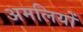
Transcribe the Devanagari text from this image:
अमलियों